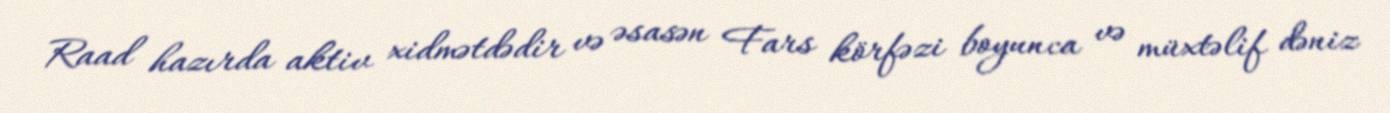
Raad hazırda aktiv xidmətdədir və əsasən Fars körfəzi boyunca və müxtəlif dəniz